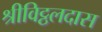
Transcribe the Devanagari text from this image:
श्रीविट्ठलदास